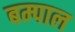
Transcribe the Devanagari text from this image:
बम्पाल